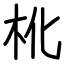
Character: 杹